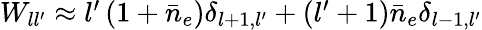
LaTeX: \begin{array}{r}{W_{ll^{\prime}}\approx l^{\prime}\left(1+\bar{n}_{e}\right)\delta_{l+1,l^{\prime}}+(l^{\prime}+1)\bar{n}_{e}\delta_{l-1,l^{\prime}}}\end{array}